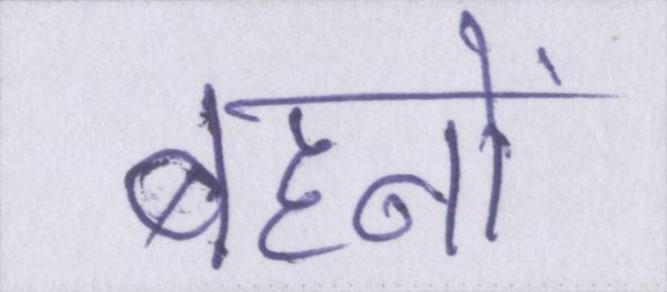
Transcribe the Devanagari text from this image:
बहनों